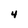
Character: 4